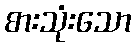
စားသုံးသော